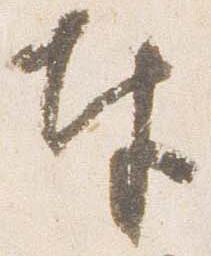
奉